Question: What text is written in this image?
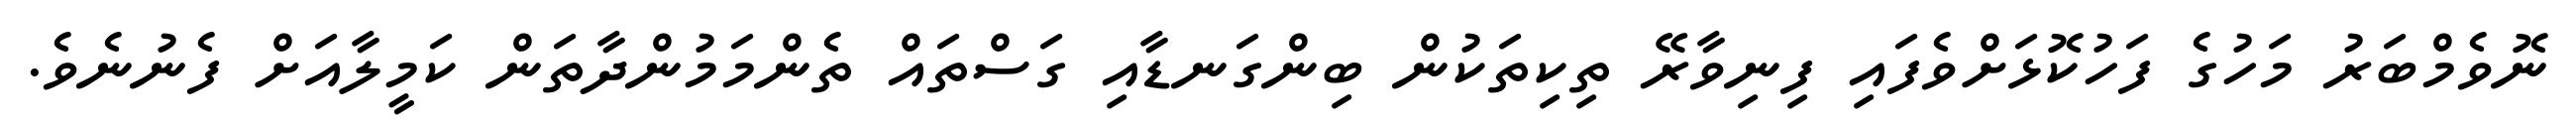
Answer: ނޮވެމްބަރު މަހުގެ ފަހުކޮޅަށްވެފައި ފިނިވާރޭ ތިކިތަކުން ބިންގަނޑާއި ގަސްތައް ތެންމަމުންދާތަން ކަމީލާއަށް ފެނުނެވެ.